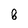
Character: 8